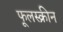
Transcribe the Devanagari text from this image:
फूलस्क्रीन